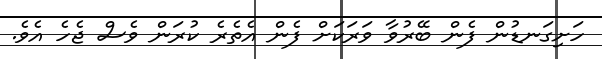
ހަށިގަނޑުން ފެން ބޭރުވާ ވަރަކަށް ފެން އެތެރެ ކުރަން ވެސް ޖެހެ އެވެ.